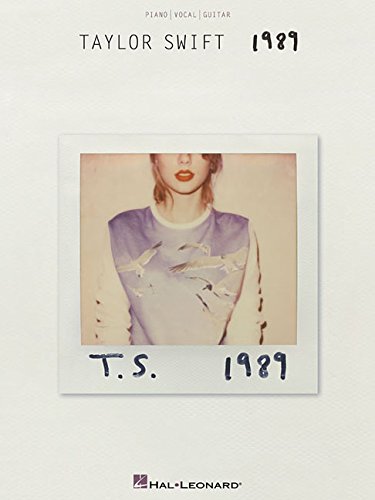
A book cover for Taylor Swift - 1989; Taylor Swift; Humor & Entertainment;